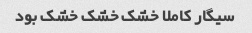
سیگار کاملا خشک خشک خشک بود